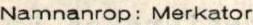
Namnanrop: Merkator